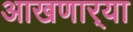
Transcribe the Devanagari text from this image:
आखणार्‍या